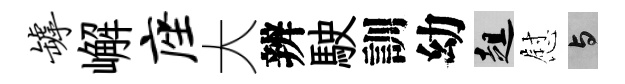
罅嶰座大辨駛訓幼趄慰与